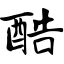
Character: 酷